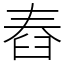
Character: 舂